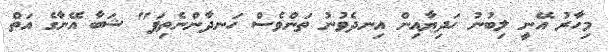
މިހާރު އޭނީ ލިބުނު ހަދިޔާއިން އިނދެވުނު ތަންވެސް ހަނދާންނެތިފަ" ޝަބާ އޭނާގެ އަތް